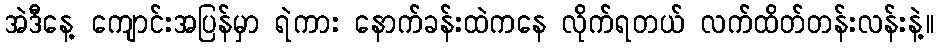
အဲဒီနေ့ ကျောင်းအပြန်မှာ ရဲကား နောက်ခန်းထဲကနေ လိုက်ရတယ် လက်ထိတ်တန်းလန်းနဲ့။